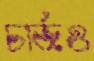
চার্জও